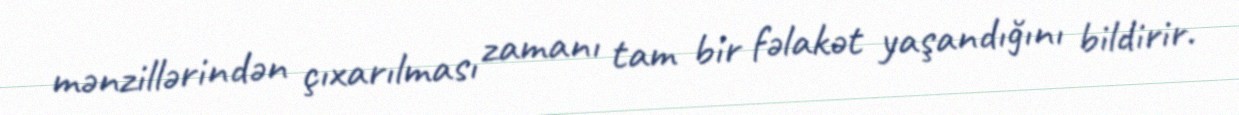
mənzillərindən çıxarılması zamanı tam bir fəlakət yaşandığını bildirir.